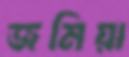
জমিয়া